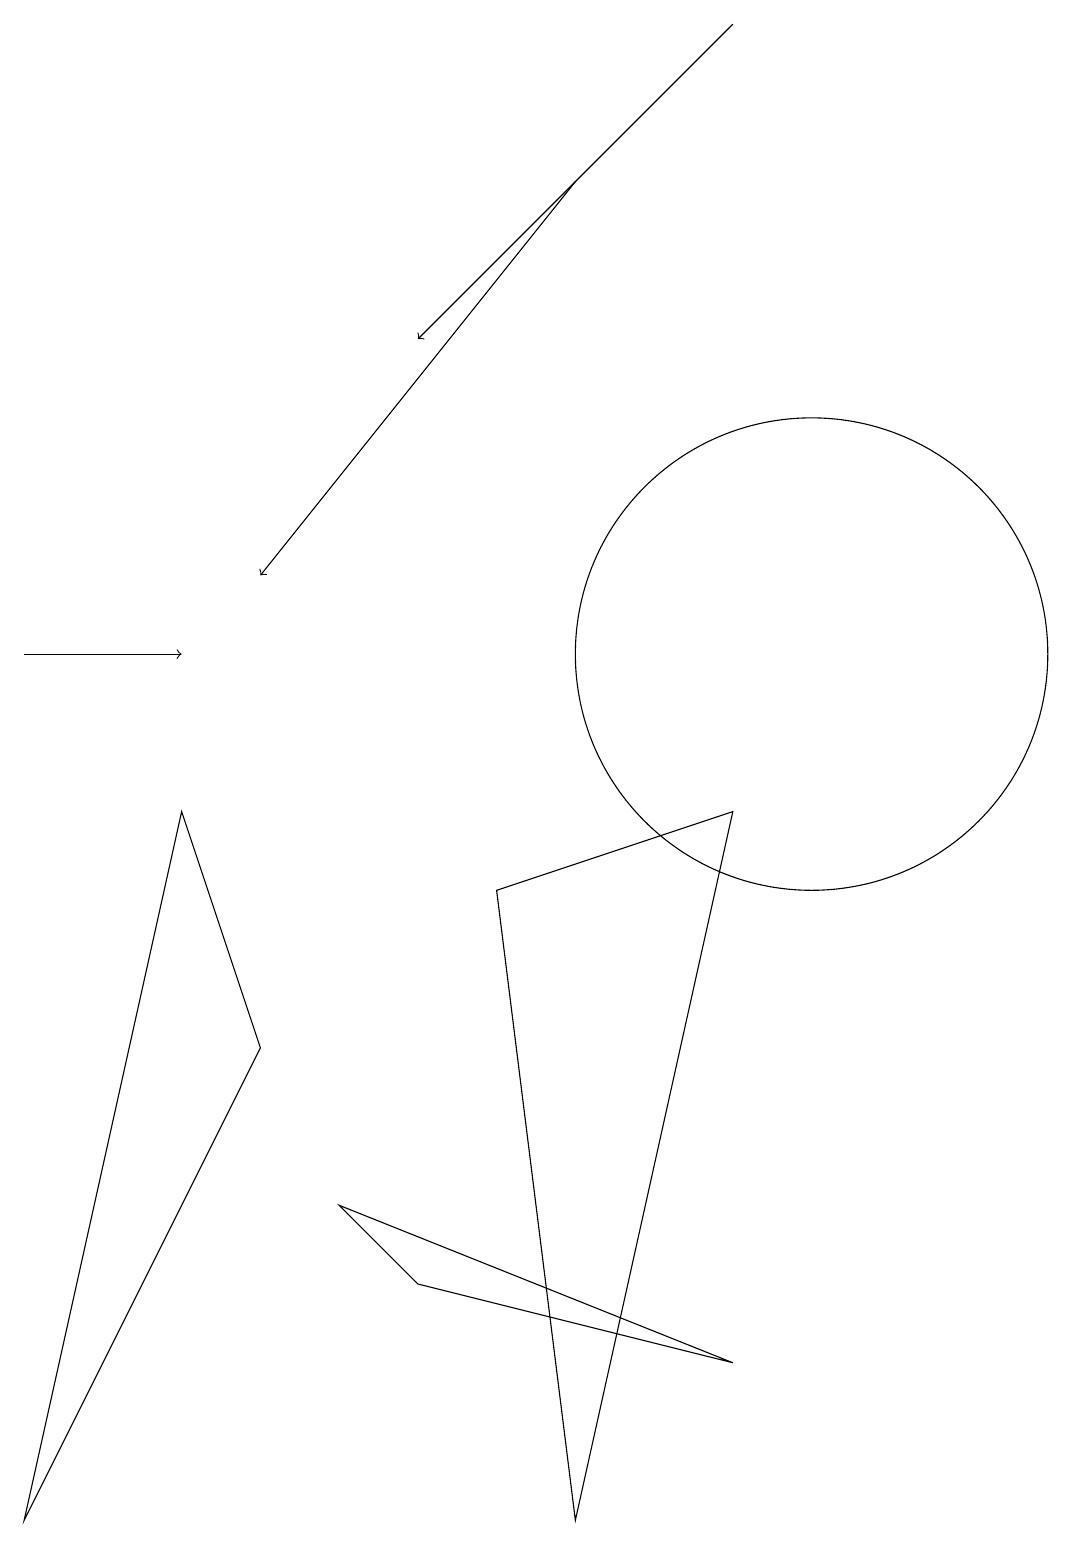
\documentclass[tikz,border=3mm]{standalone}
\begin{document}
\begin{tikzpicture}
\draw[->] (9,19) -- (5,15);
\draw (6,8) -- (9,9) -- (7,0) -- cycle;
\draw (10,11) circle (3);
\draw (4,4) -- (5,3) -- (9,2) -- cycle;
\draw[->] (7,17) -- (3,12);
\draw (3,6) -- (0,0) -- (2,9) -- cycle;
\draw[->] (0,11) -- (2,11);
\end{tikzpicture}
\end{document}